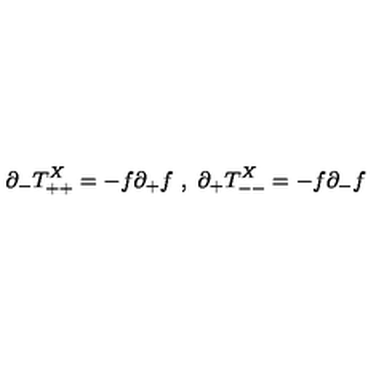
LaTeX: \partial _ { - } T _ { + + } ^ { X } = - f \partial _ { + } f \ , \ \partial _ { + } T _ { -- } ^ { X } = - f \partial _ { - } f